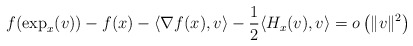
\begin{align*}f(\exp_{x}(v))-f(x)-\langle \nabla f(x), v\rangle -\frac{1}{2}\langle H_x(v),v\rangle=o\left( \|v\|^{2}\right)\end{align*}